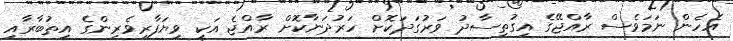
އެހެން ނަމަވެސް ރާއްޖޭގެ އިގުތިސާދު ވަރުގަދަކޮށް ހަރުދަނާކޮށް ރާއްޖެ އަކީ ވިޔަފާރިވެރިންގެ އިތުބާރާއި